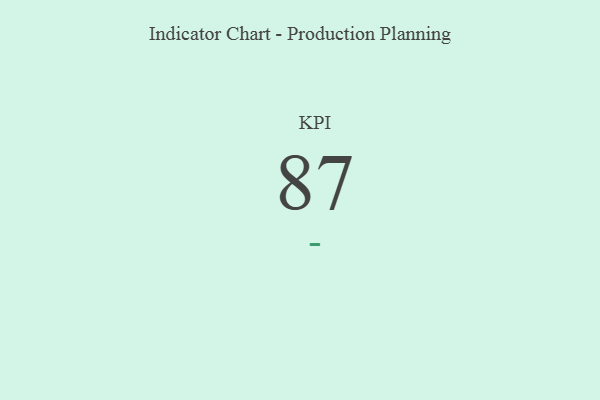
{"axis": {"x": "KPI", "y": "Value"}, "legend": [""], "data": [{"x": "KPI", "y": 87, "type": ""}]}